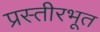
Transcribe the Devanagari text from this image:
प्रस्तीरभूत